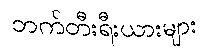
ဘက်တီးရီးယားများ